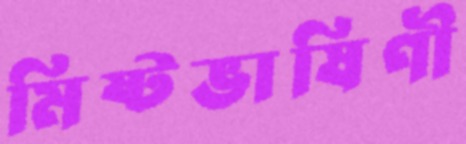
মিষ্টভাষিণী